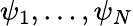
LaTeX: \psi_{1},\ldots,\psi_{N}